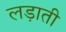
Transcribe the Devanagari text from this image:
लड़ाती